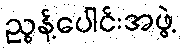
ညွန့်ပေါင်းအဖွဲ့